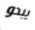
يبدو